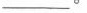
___。